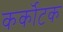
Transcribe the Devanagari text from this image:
कर्कॊटक